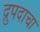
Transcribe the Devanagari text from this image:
द्रुपदाचा